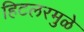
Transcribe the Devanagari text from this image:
हिटलरमुळे